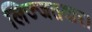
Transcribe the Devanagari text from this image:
लिज्जतदार।